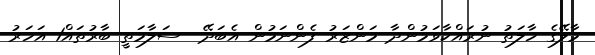
މާލޭގެ ހާލަތު ނުރައްކާވަމުންދާ މަންޒަރު ފެންނަމުން އެބަދޭ  ސަލާމަތީ ބާރުތައް1 އަހަރު